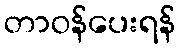
တာဝန်ပေးရန်